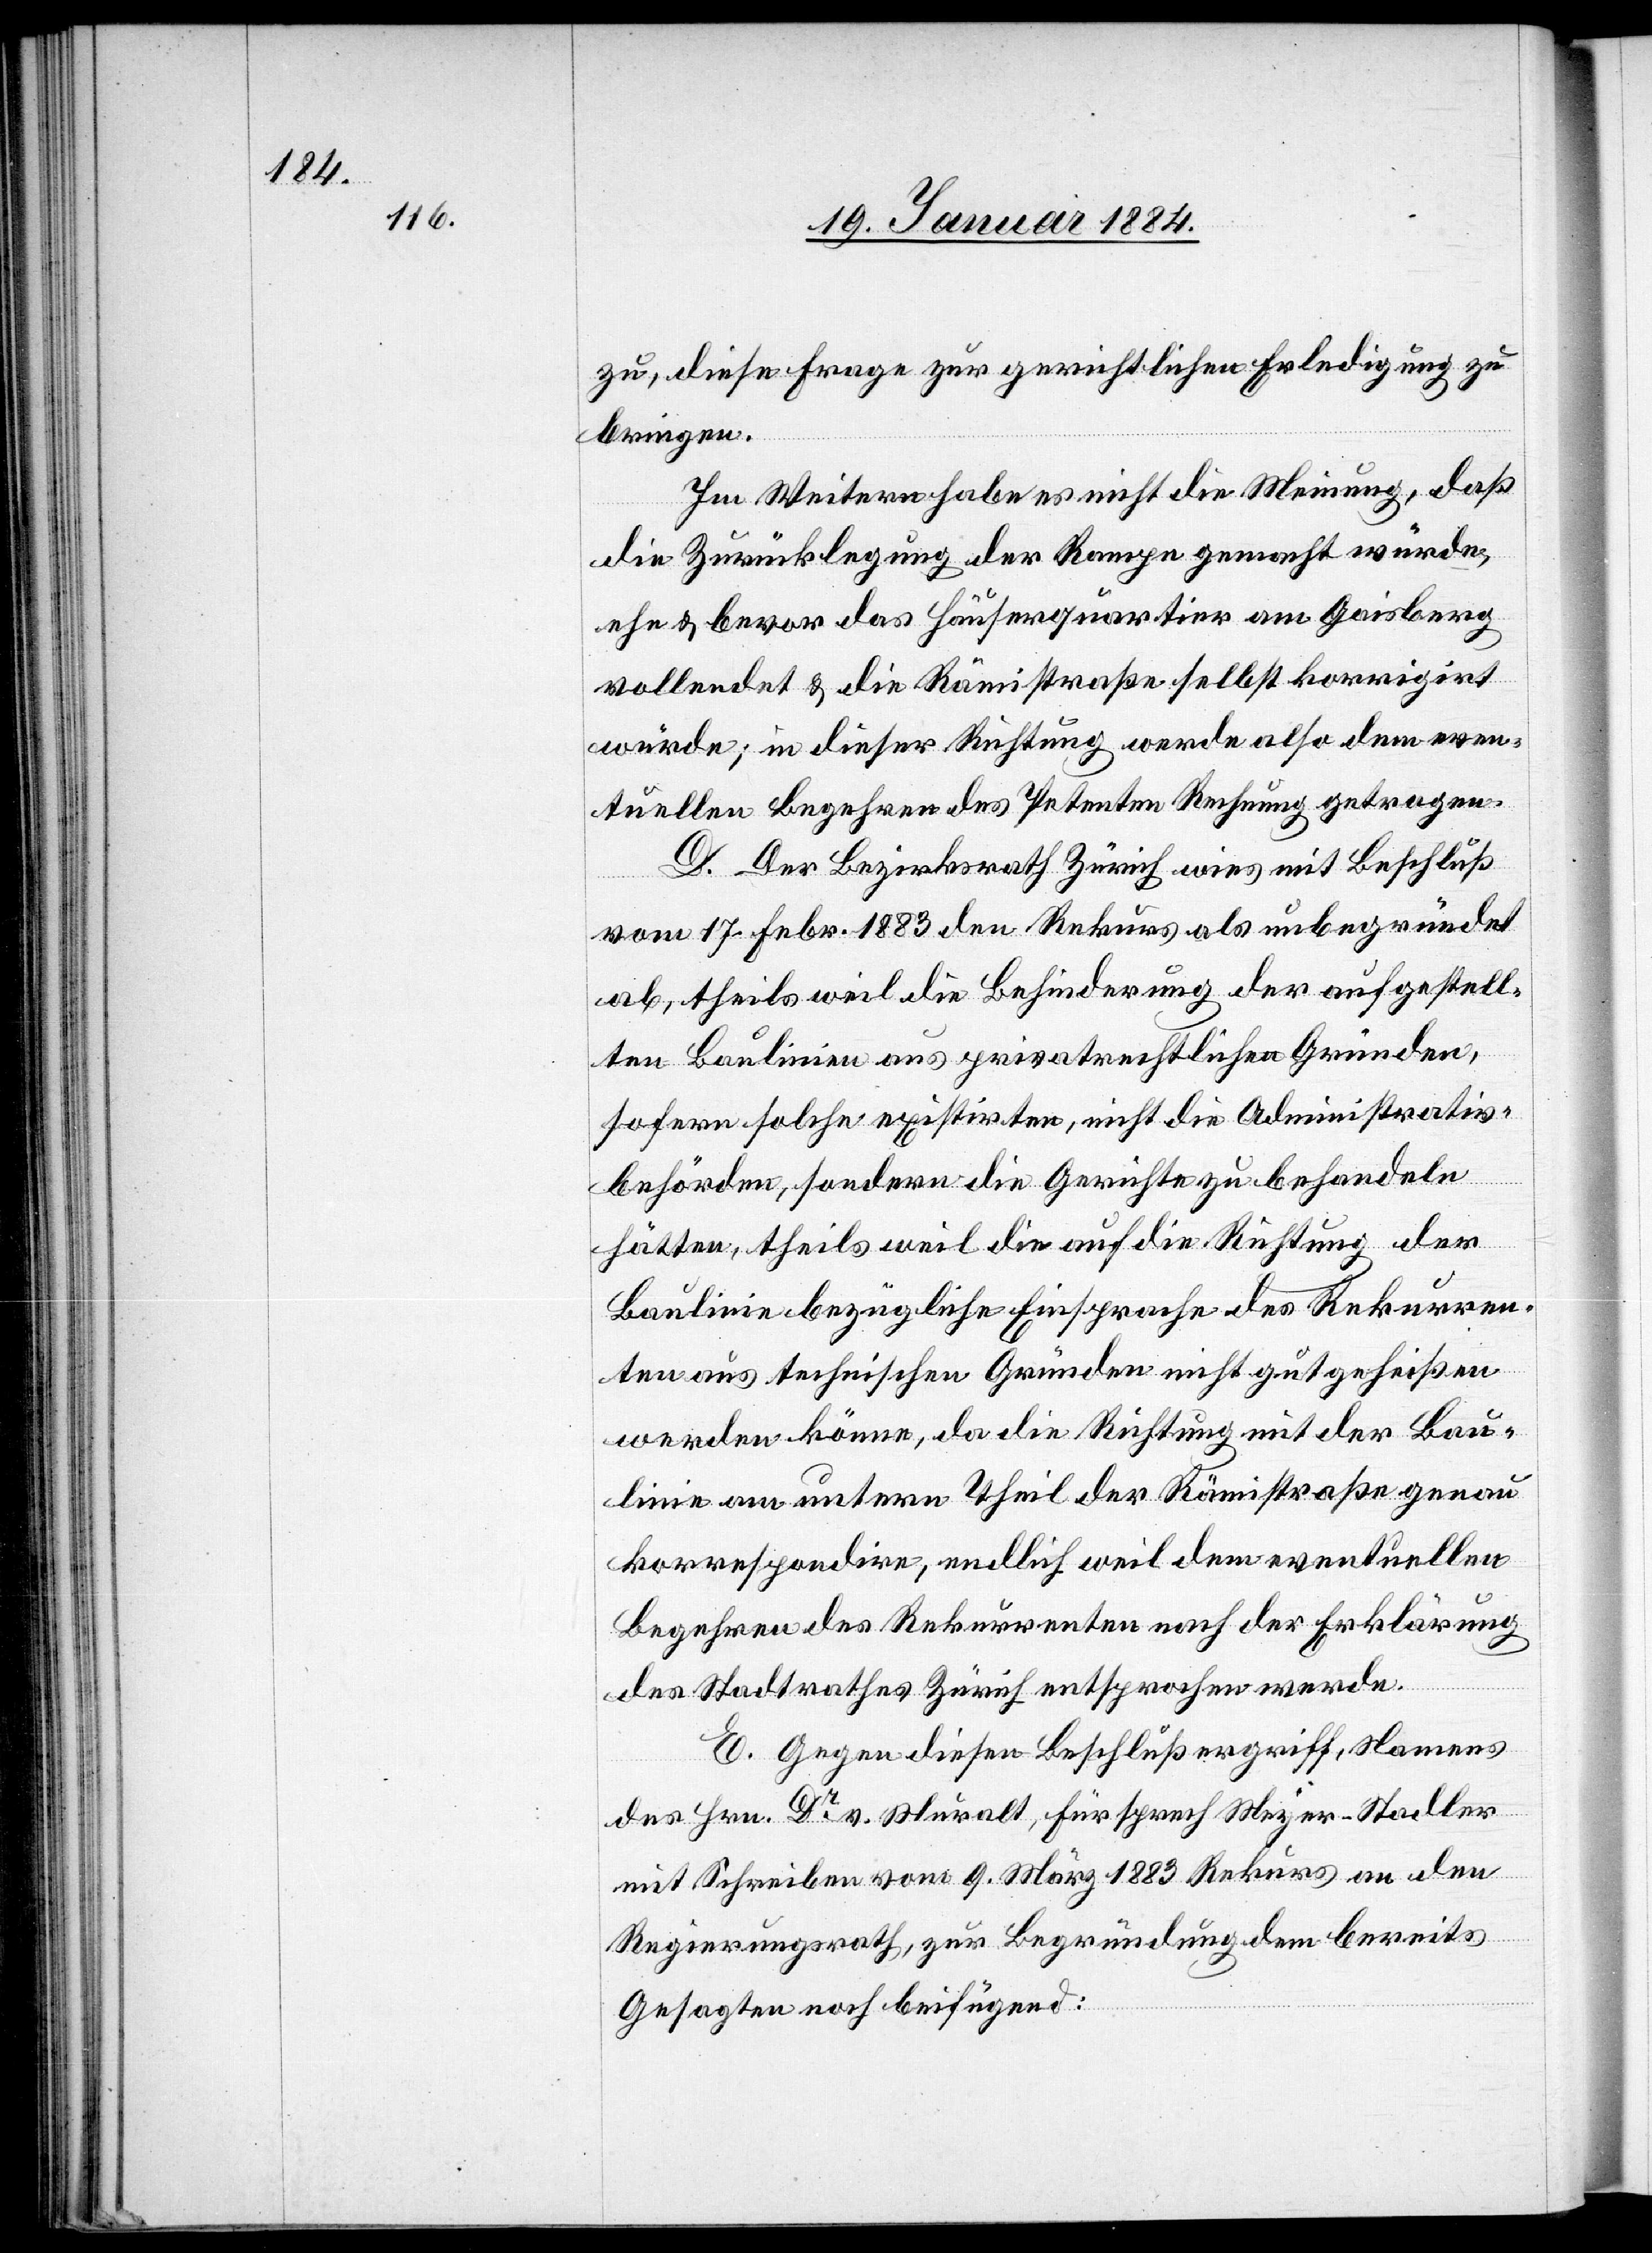
zu, diese Frage zur gerichtlichen Erledigung zu
bringen.
Im Weitern habe es nicht die Meinung, daß
die Zurücklegung der Rampe gemacht würde,
ehe & bevor das Häuserquartier am Gaisberg
vollendet & die Rämistraße selbst korrigiert
würde; in dieser Richtung werde also dem even¬
tuellen Begehren des Petenten Rechnung getragen.
D. Der Bezirksrath Zürich wies mit Beschluß
vom 17. Febr. 1883 den Rekurs als unbegründet
ab, theils weil die Behinderung der aufgestell¬
ten Baulinie aus privatrechtlichen Gründen,
sofern solche existirten, nicht die Administrativ¬
behörden, sondern die Gerichte zu behandeln
hätten, theils weil die auf die Richtung der
Baulinie bezügliche Einsprache des Rekurren¬
ten aus technischen Gründen nicht gutgeheißen
werden könne, da die Richtung mit der Bau¬
linie am untern Theil der Rämistraße genau
korrespondire, endlich weil dem eventuellen
Begehren des Rekurrenten nach der Erklärung
des Stadtrathes Zürich entsprochen werde.
E. Gegen diesen Beschluß ergriff, Namens
des Hrn. Dr v. Muralt, Fürsprech Meyer-Stadler
mit Schreiben vom 9. März 1883 Rekurs an den
Regierungsrath, zur Begründung dem bereits
Gesagten noch beifügend: